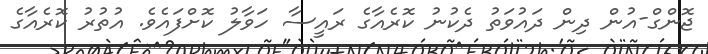
ޖޮންގް-އުން ދިން ދައުވަތު ދެކުނު ކޮރެއާގެ ރައީސާ ހަވާލު ކޮށްފައެވެ. އުތުރު ކޮރެއާގެ